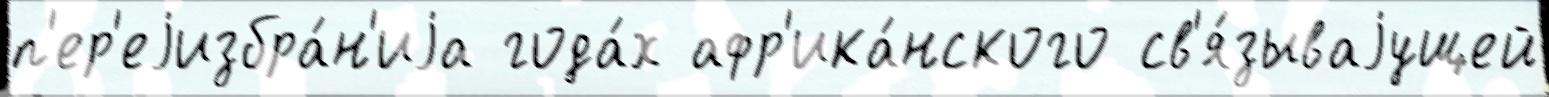
п'ер'еjизбра́н'иjа года́х афр'ика́нского св'я́зываjущей